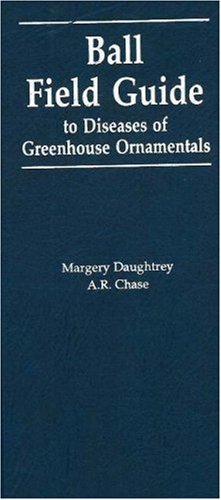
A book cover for Ball Field Guide to Diseases of Greenhouse Ornamentals: Includes Certain Problems Often Misdiagnosed As Contagious Diseases; Margery Daughtrey; Crafts, Hobbies & Home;